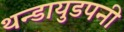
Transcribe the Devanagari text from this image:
थन्डायुडपनी